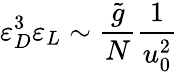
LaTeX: \varepsilon_{D}^{3}\varepsilon_{L}\sim\frac{\tilde{g}}{N}\frac{1}{u_{0}^{2}}